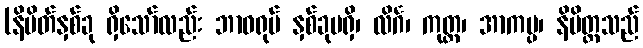
(နိမိတ်နှစ်ခု ရှိသော်လည်း ဘာဝရုပ် နှစ်ခုမရှိ၊ လိင်္ဂ၊ ကုတ္တ၊ အာကပ္ပ၊ နိမိတ္တသည်